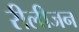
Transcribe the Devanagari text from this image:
रीलीजन